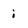
Character: i